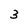
Character: 3